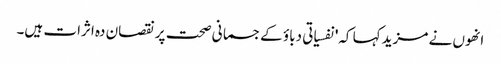
انھوں نے مزید کہا کہ'نفسیاتی دباؤ کےجسمانی صحت پر نقصان دہ اثرات ہیں۔